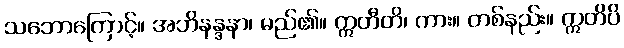
သဘောကြောင့်။ အဘိနန္ဒနာ၊ မည်၏။ ဣတီတိ၊ ကား။ တစ်နည်း။ ဣတိပိ